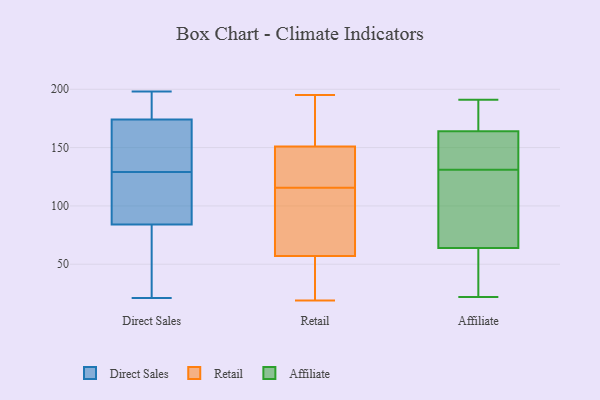
{"axis": {"x": "Humidity (%)", "y": "Value"}, "legend": ["Affiliate", "Direct Sales", "Retail"], "data": [{"x": "", "y": 129, "type": "Direct Sales"}, {"x": "", "y": 178, "type": "Direct Sales"}, {"x": "", "y": 198, "type": "Direct Sales"}, {"x": "", "y": 186, "type": "Direct Sales"}, {"x": "", "y": 160, "type": "Direct Sales"}, {"x": "", "y": 174, "type": "Direct Sales"}, {"x": "", "y": 193, "type": "Direct Sales"}, {"x": "", "y": 21, "type": "Direct Sales"}, {"x": "", "y": 39, "type": "Direct Sales"}, {"x": "", "y": 132, "type": "Direct Sales"}, {"x": "", "y": 22, "type": "Direct Sales"}, {"x": "", "y": 126, "type": "Direct Sales"}, {"x": "", "y": 129, "type": "Direct Sales"}, {"x": "", "y": 157, "type": "Direct Sales"}, {"x": "", "y": 103, "type": "Direct Sales"}, {"x": "", "y": 30, "type": "Direct Sales"}, {"x": "", "y": 84, "type": "Direct Sales"}, {"x": "", "y": 94, "type": "Direct Sales"}, {"x": "", "y": 123, "type": "Retail"}, {"x": "", "y": 113, "type": "Retail"}, {"x": "", "y": 24, "type": "Retail"}, {"x": "", "y": 142, "type": "Retail"}, {"x": "", "y": 165, "type": "Retail"}, {"x": "", "y": 108, "type": "Retail"}, {"x": "", "y": 100, "type": "Retail"}, {"x": "", "y": 19, "type": "Retail"}, {"x": "", "y": 151, "type": "Retail"}, {"x": "", "y": 118, "type": "Retail"}, {"x": "", "y": 31, "type": "Retail"}, {"x": "", "y": 22, "type": "Retail"}, {"x": "", "y": 102, "type": "Retail"}, {"x": "", "y": 132, "type": "Retail"}, {"x": "", "y": 160, "type": "Retail"}, {"x": "", "y": 57, "type": "Retail"}, {"x": "", "y": 195, "type": "Retail"}, {"x": "", "y": 151, "type": "Retail"}, {"x": "", "y": 191, "type": "Affiliate"}, {"x": "", "y": 64, "type": "Affiliate"}, {"x": "", "y": 186, "type": "Affiliate"}, {"x": "", "y": 113, "type": "Affiliate"}, {"x": "", "y": 164, "type": "Affiliate"}, {"x": "", "y": 22, "type": "Affiliate"}, {"x": "", "y": 85, "type": "Affiliate"}, {"x": "", "y": 149, "type": "Affiliate"}, {"x": "", "y": 156, "type": "Affiliate"}, {"x": "", "y": 27, "type": "Affiliate"}]}